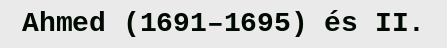
Ahmed (1691–1695) és II.